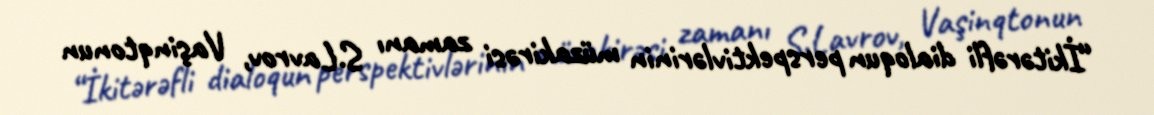
“İkitərəfli dialoqun perspektivlərinin müzakirəsi zamanı S.Lavrov, Vaşinqtonun